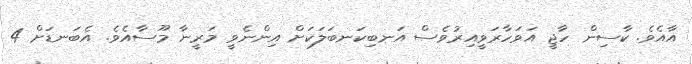
އާއެވެ. ކާސިން ހާޖީ އަވަހާރަވީއިރުވެސް އަނބިކަނބަލަކަށް އިންނެވީ މަރީނާ މޫސާއެވެ. އެބަނޑަށް 4